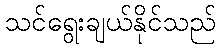
သင်ရွေးချယ်နိုင်သည်